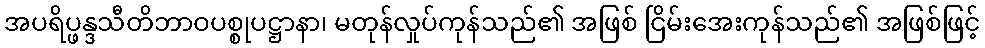
အပရိပ္ဖန္ဒသီတိဘာဝပစ္စုပဋ္ဌာနာ၊ မတုန်လှုပ်ကုန်သည်၏ အဖြစ် ငြိမ်းအေးကုန်သည်၏ အဖြစ်ဖြင့်